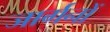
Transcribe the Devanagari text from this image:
जार्गनों